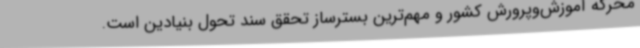
محرکه آموزش‌وپرورش کشور و مهم‌ترین بسترساز تحقق سند تحول بنیادین است.